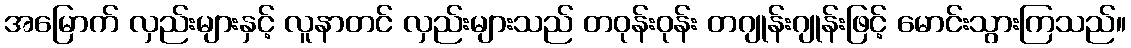
အမြောက် လှည်းများနှင့် လူနာတင် လှည်းများသည် တဝုန်းဝုန်း တဂျုန်းဂျုန်းဖြင့် မောင်းသွားကြသည်။